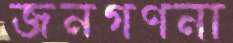
জনগণনা